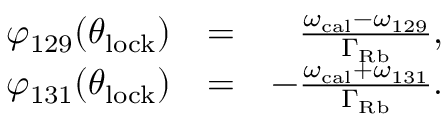
\begin{array} { r l r } { \varphi _ { 1 2 9 } ( \theta _ { \mathrm { l o c k } } ) } & { = } & { \frac { \omega _ { \mathrm { c a l } } - \omega _ { 1 2 9 } } { \Gamma _ { \mathrm { R b } } } , } \\ { \varphi _ { 1 3 1 } ( \theta _ { \mathrm { l o c k } } ) } & { = } & { - \frac { \omega _ { \mathrm { c a l } } + \omega _ { 1 3 1 } } { \Gamma _ { \mathrm { R b } } } . } \end{array}